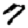
Digit: 7